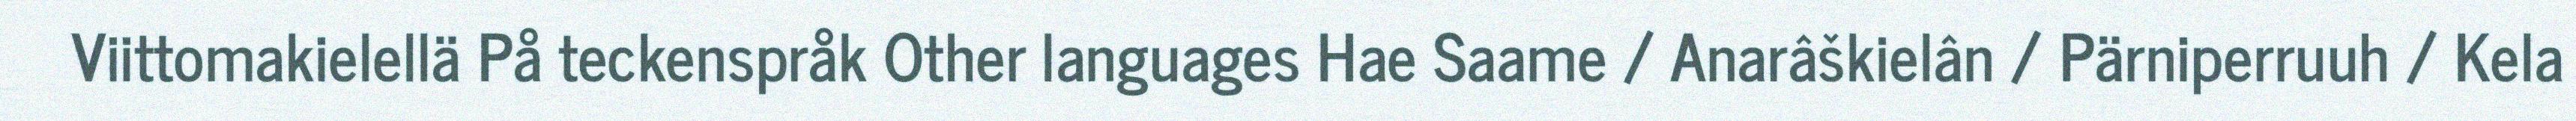
Viittomakielellä På teckenspråk Other languages Hae Saame / Anarâškielân / Pärniperruuh / Kela